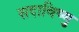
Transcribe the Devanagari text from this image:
सदाविष्णु